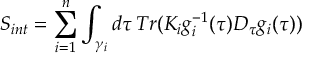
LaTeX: S _ { i n t } = \sum _ { i = 1 } ^ { n } \int _ { \gamma _ { i } } d \tau \, T r ( K _ { i } g _ { i } ^ { - 1 } ( \tau ) D _ { \tau } g _ { i } ( \tau ) )